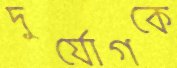
দুর্যোগকে